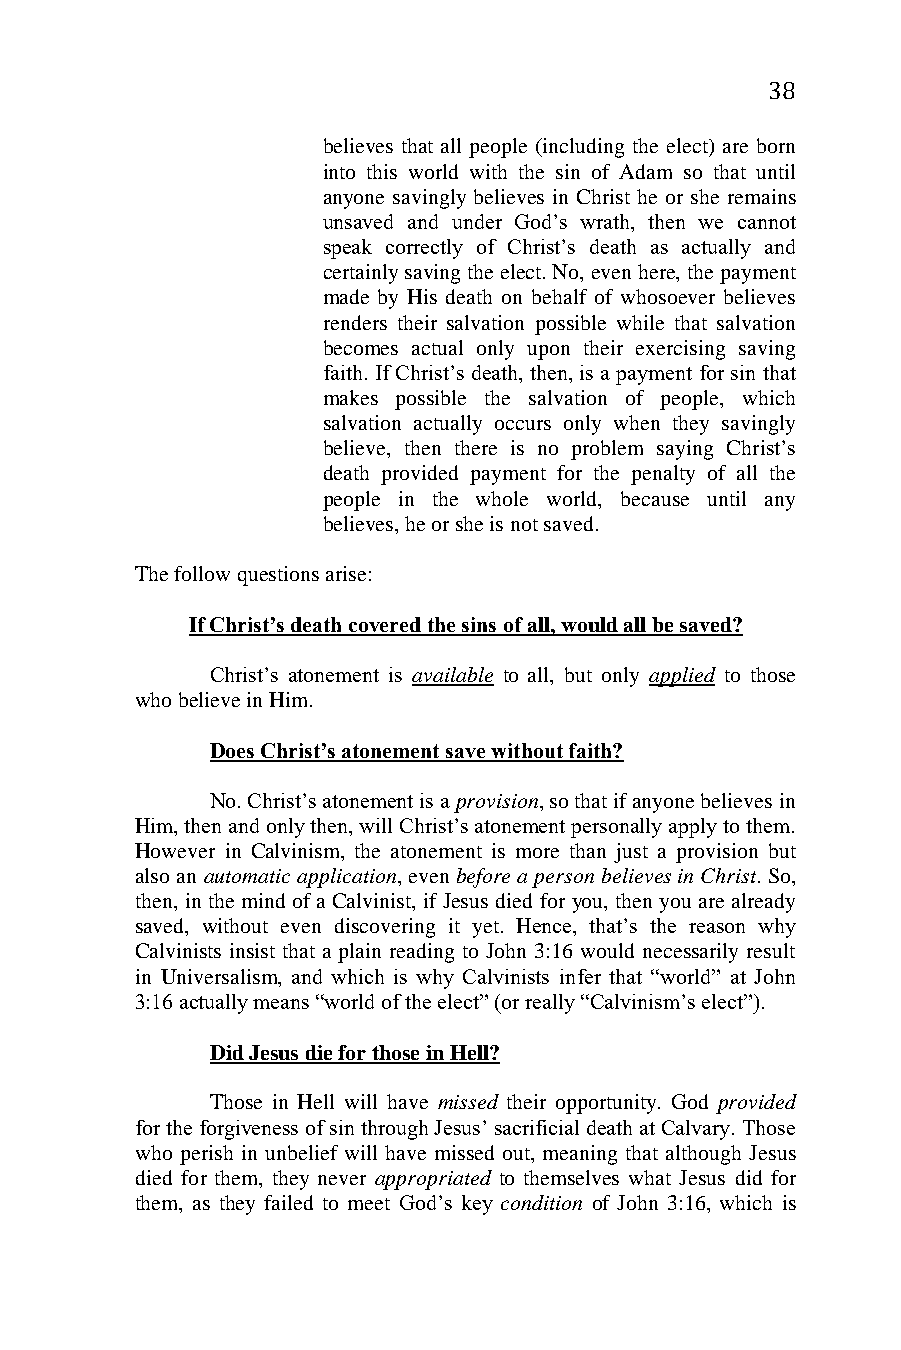
38
 believes that all people (including the elect) are born
 into this world with the sin of Adam so that until
 anyone savingly believes in Christ he or she remains
 unsaved and under God’s wrath, then we cannot
 speak correctly of Christ’s death as actually and
 certainly saving the elect. No, even here, the payment
 made by His death on behalf of whosoever believes
 renders their salvation possible while that salvation
 becomes actual only upon their exercising saving
 faith. If Christ’s death, then, is a payment for sin that
 makes possible the salvation of people, which
 salvation actually occurs only when they savingly
 believe, then there is no problem saying Christ’s
 death provided payment for the penalty of all the
 people in the whole world, because until any
 believes, he or she is not saved.
 The follow questions arise:
 If Christ’s death covered the sins of all, would all be saved?
 Christ’s atonement is available to all, but only applied to those
 who believe in Him.
 Does Christ’s atonement save without faith?
 No. Christ’s atonement is a provision, so that if anyone believes in
 Him, then and only then, will Christ’s atonement personally apply to them.
 However in Calvinism, the atonement is more than just a provision but
 also an automatic application, even before a person believes in Christ. So,
 then, in the mind of a Calvinist, if Jesus died for you, then you are already
 saved, without even discovering it yet. Hence, that’s the reason why
 Calvinists insist that a plain reading to John 3:16 would necessarily result
 in Universalism, and which is why Calvinists infer that “world” at John
 3:16 actually means “world of the elect” (or really “Calvinism’s elect”).
 Did Jesus die for those in Hell?
 Those in Hell will have missed their opportunity. God provided
 for the forgiveness of sin through Jesus’ sacrificial death at Calvary. Those
 who perish in unbelief will have missed out, meaning that although Jesus
 died for them, they never appropriated to themselves what Jesus did for
 them, as they failed to meet God’s key condition of John 3:16, which is